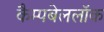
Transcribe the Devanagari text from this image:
कैम्पबेललॉक